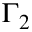
\Gamma _ { 2 }